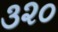
૩૨૦